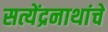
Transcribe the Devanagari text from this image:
सत्येंद्रनाथांचे